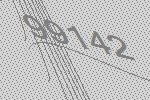
99142